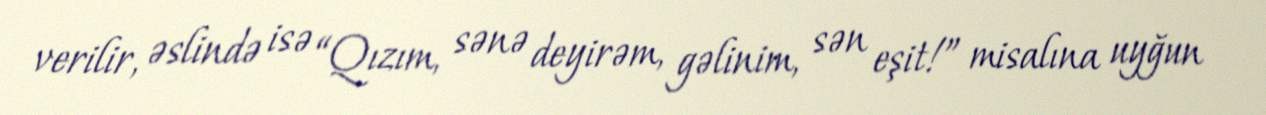
verilir, əslində isə “Qızım, sənə deyirəm, gəlinim, sən eşit!” misalına uyğun